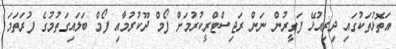
އަތޮޅުތަކުގައި ދިރިއުޅޭ ފަގީރުން ނަން ރަޖިސްޓްރީކުރުމަށް ފޯމް ދޫކުރުމާއި ފޯމް ބަލައިގަތުމުގެ ފުރަތަމަ